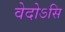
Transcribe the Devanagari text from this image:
वेदोऽसि